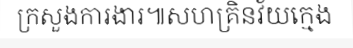
ក្រសួងការងារ៕សហគ្រិនវ័យក្មេង